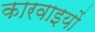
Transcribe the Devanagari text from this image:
कारवाइयों